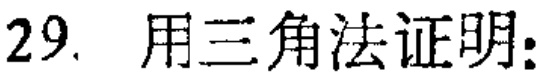
29. 用三角法证明: